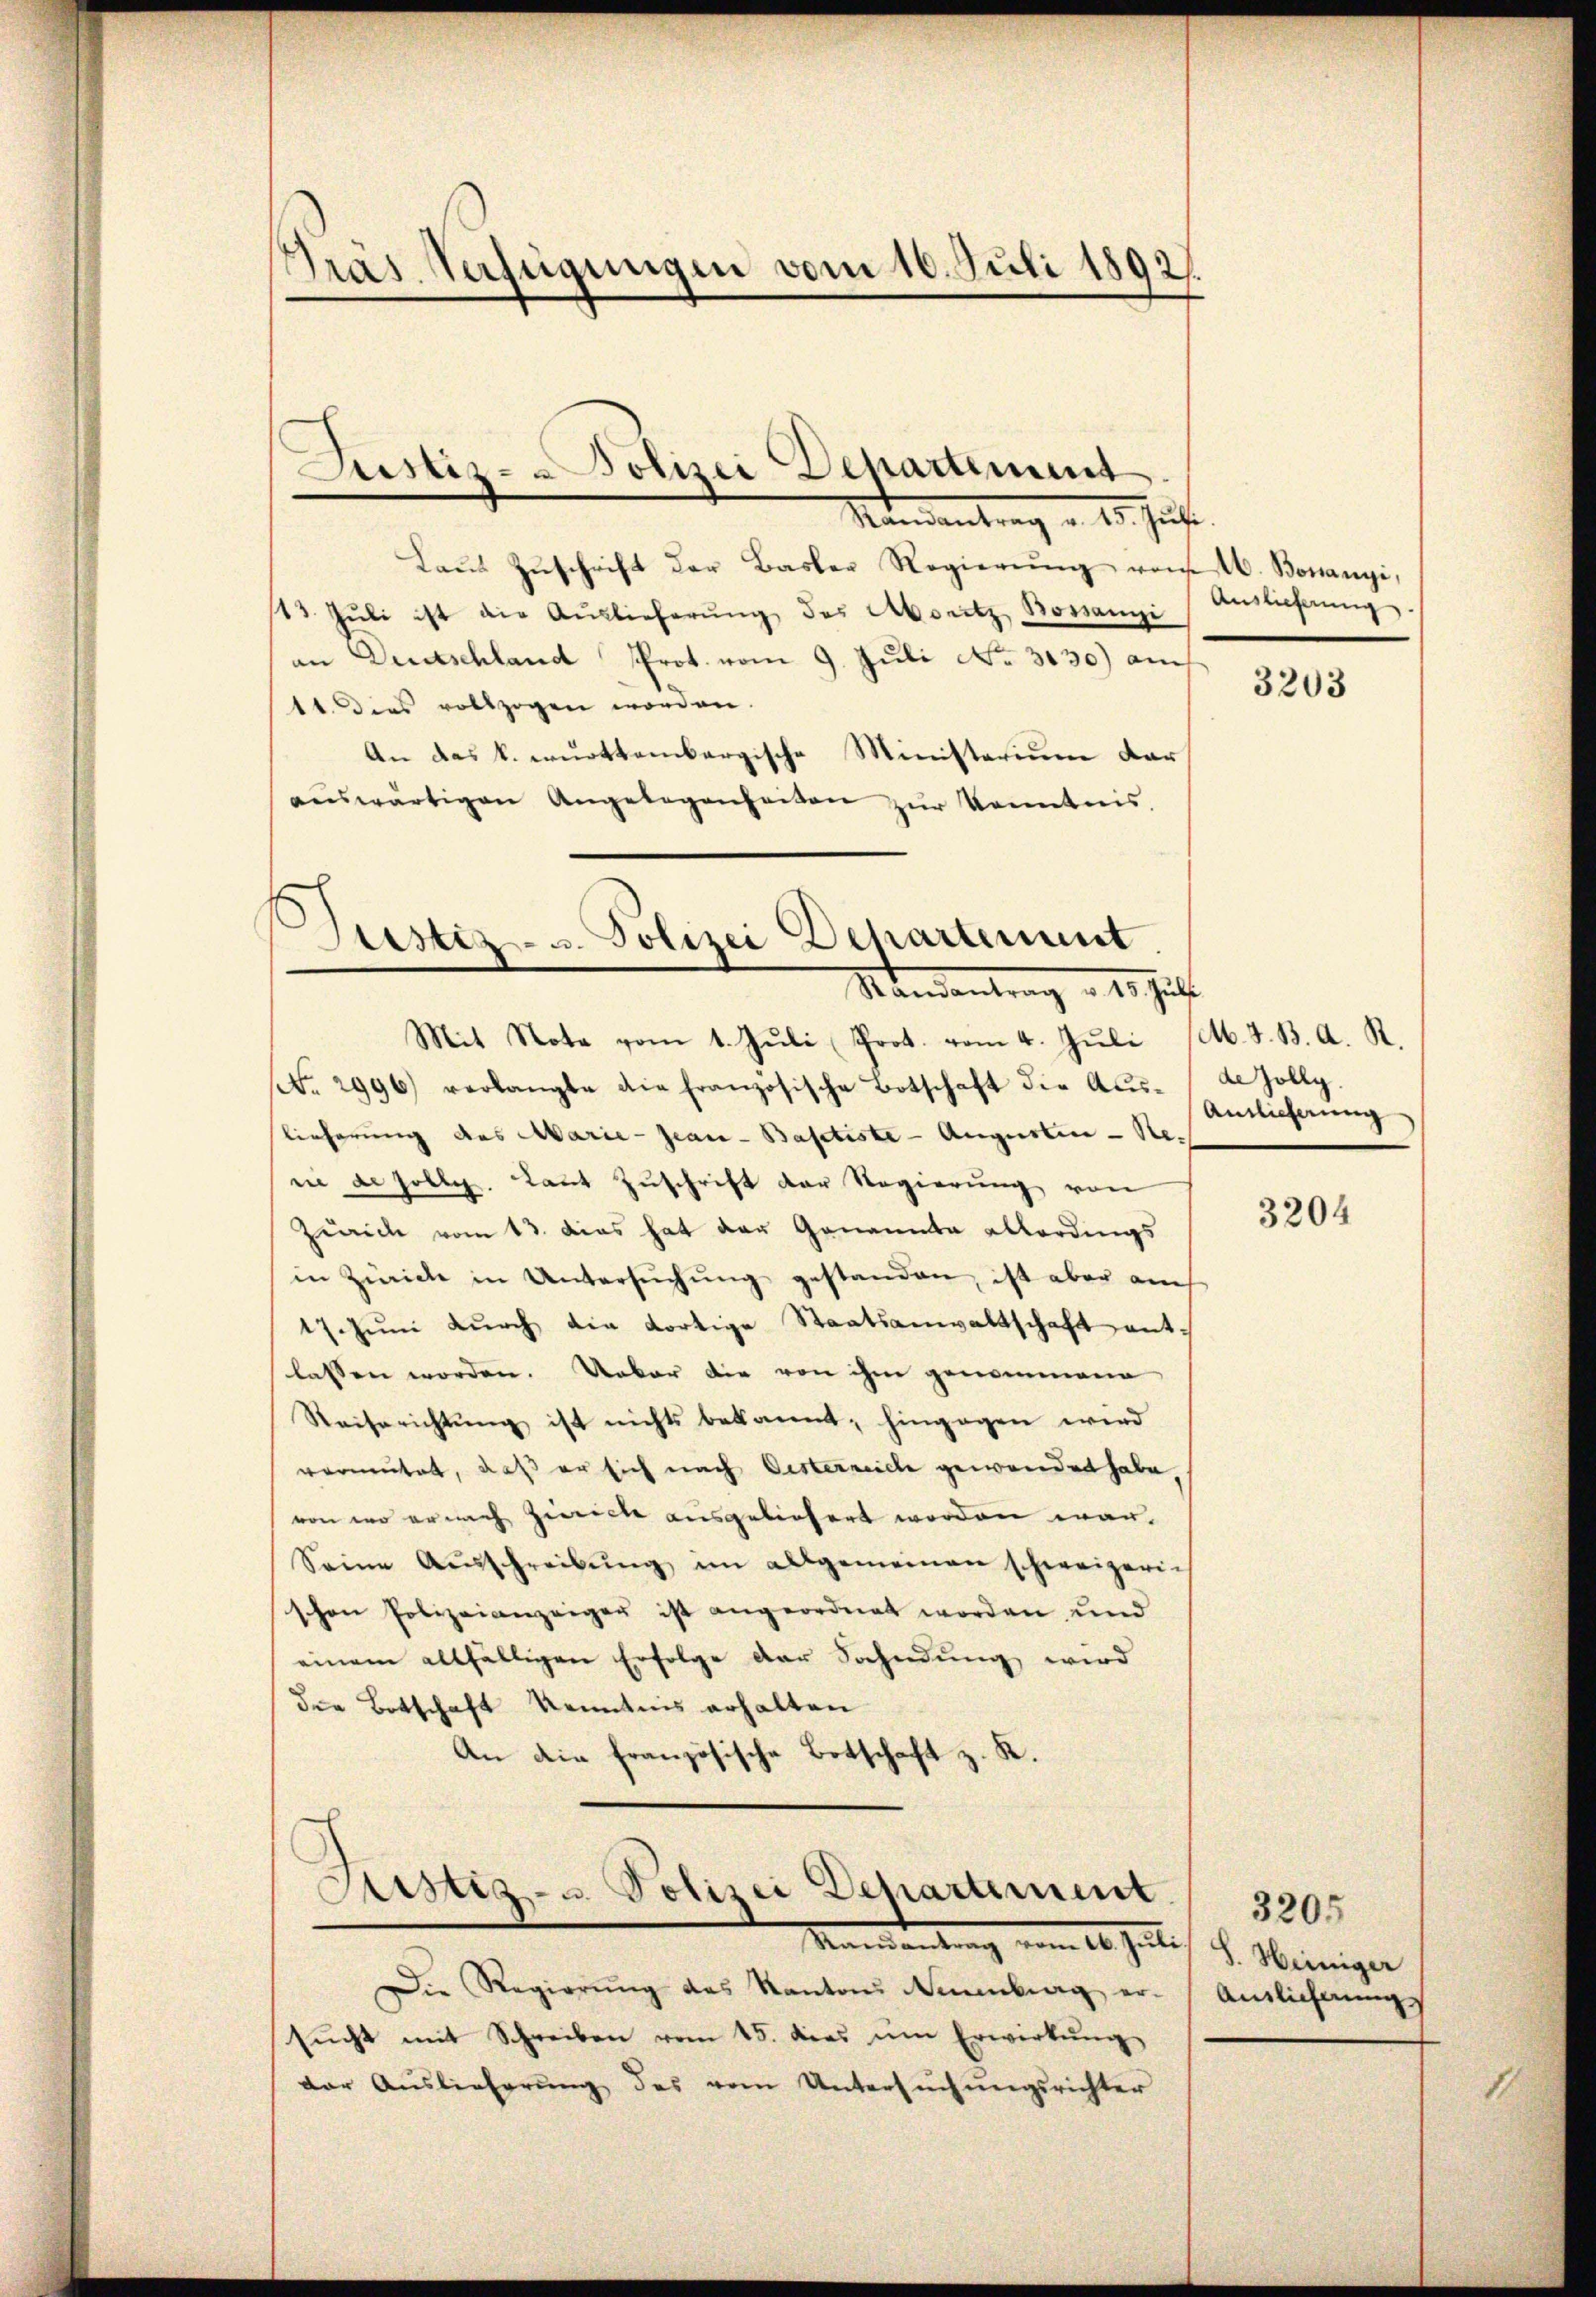
Pras. Verfügungen vom 10. Juli 1892

Justiz- Polizei Departement
Mandantrag v. 25. Just

Laŭt Zŭschrift der Basler Regierŭng vom 10. Bonanzi,
13. Jŭli ist die Aŭslieferŭng des Aboritz Bonanzi Auslieferŭng.
an Deutschland Prot. vom 9. Juli No. 3130) am
11. Dies vollzogen worden.
An das k. württembergische Ministerium dar
aŭswärtigen Angelegenheiten zŭr Kenntnis.

Justiz- u. Polizei Dehartement
Randantrag v. 1. Just

Mit Nota vom 1. Jŭli Prot. vom 4. Juli M. d. B. A. R.
No. 2996) verlangte die französische Botschaft die Aŭs-de Zolly.
lieferung des Marie-Geau-Basetiste - Augustin - Renie de solle. Laut Zuschrift der Regierung von
Zürich vom 13. Das hat der Genannte allerdings
in Zürich in Untersŭchŭng gestanden, ist aber auch
17 Juni dŭrch die dortige Staatsanwaltschaft antlassen worden. Ueber die von ihm genommene
Reiserichtung ist nichts bekannt; hingegen wird
vermutet, daß er sich nach Oesterreich gewendet habe,
von wo er nach Zürich ausgeliefert worden war.
Seine Aŭsschreibŭng im allgemeinen schweizerich
schen Polizeianzeiger ist angeordnet worden, und
einem allfälligen Erfolge der Sachndung wird
die Botschaft Kenntnis erhalten
An die französische Botschaft z. K.
Sistiz- u. Polizei Departement.
Mandankung vom 20. Juli d. Meiniger
Die Regierŭng des Kanton Neuenburg er-Anslichungs
sŭcht mit Schreiben vom 15. dies im Erwirkŭng
der Auslieferŭng des vom Untersŭchŭngsrichter

3203

Antlicherung

3204

3205

1